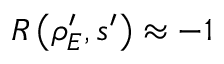
R \left( \rho _ { E } ^ { \prime } , s ^ { \prime } \right) \approx - 1